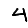
Digit: 4